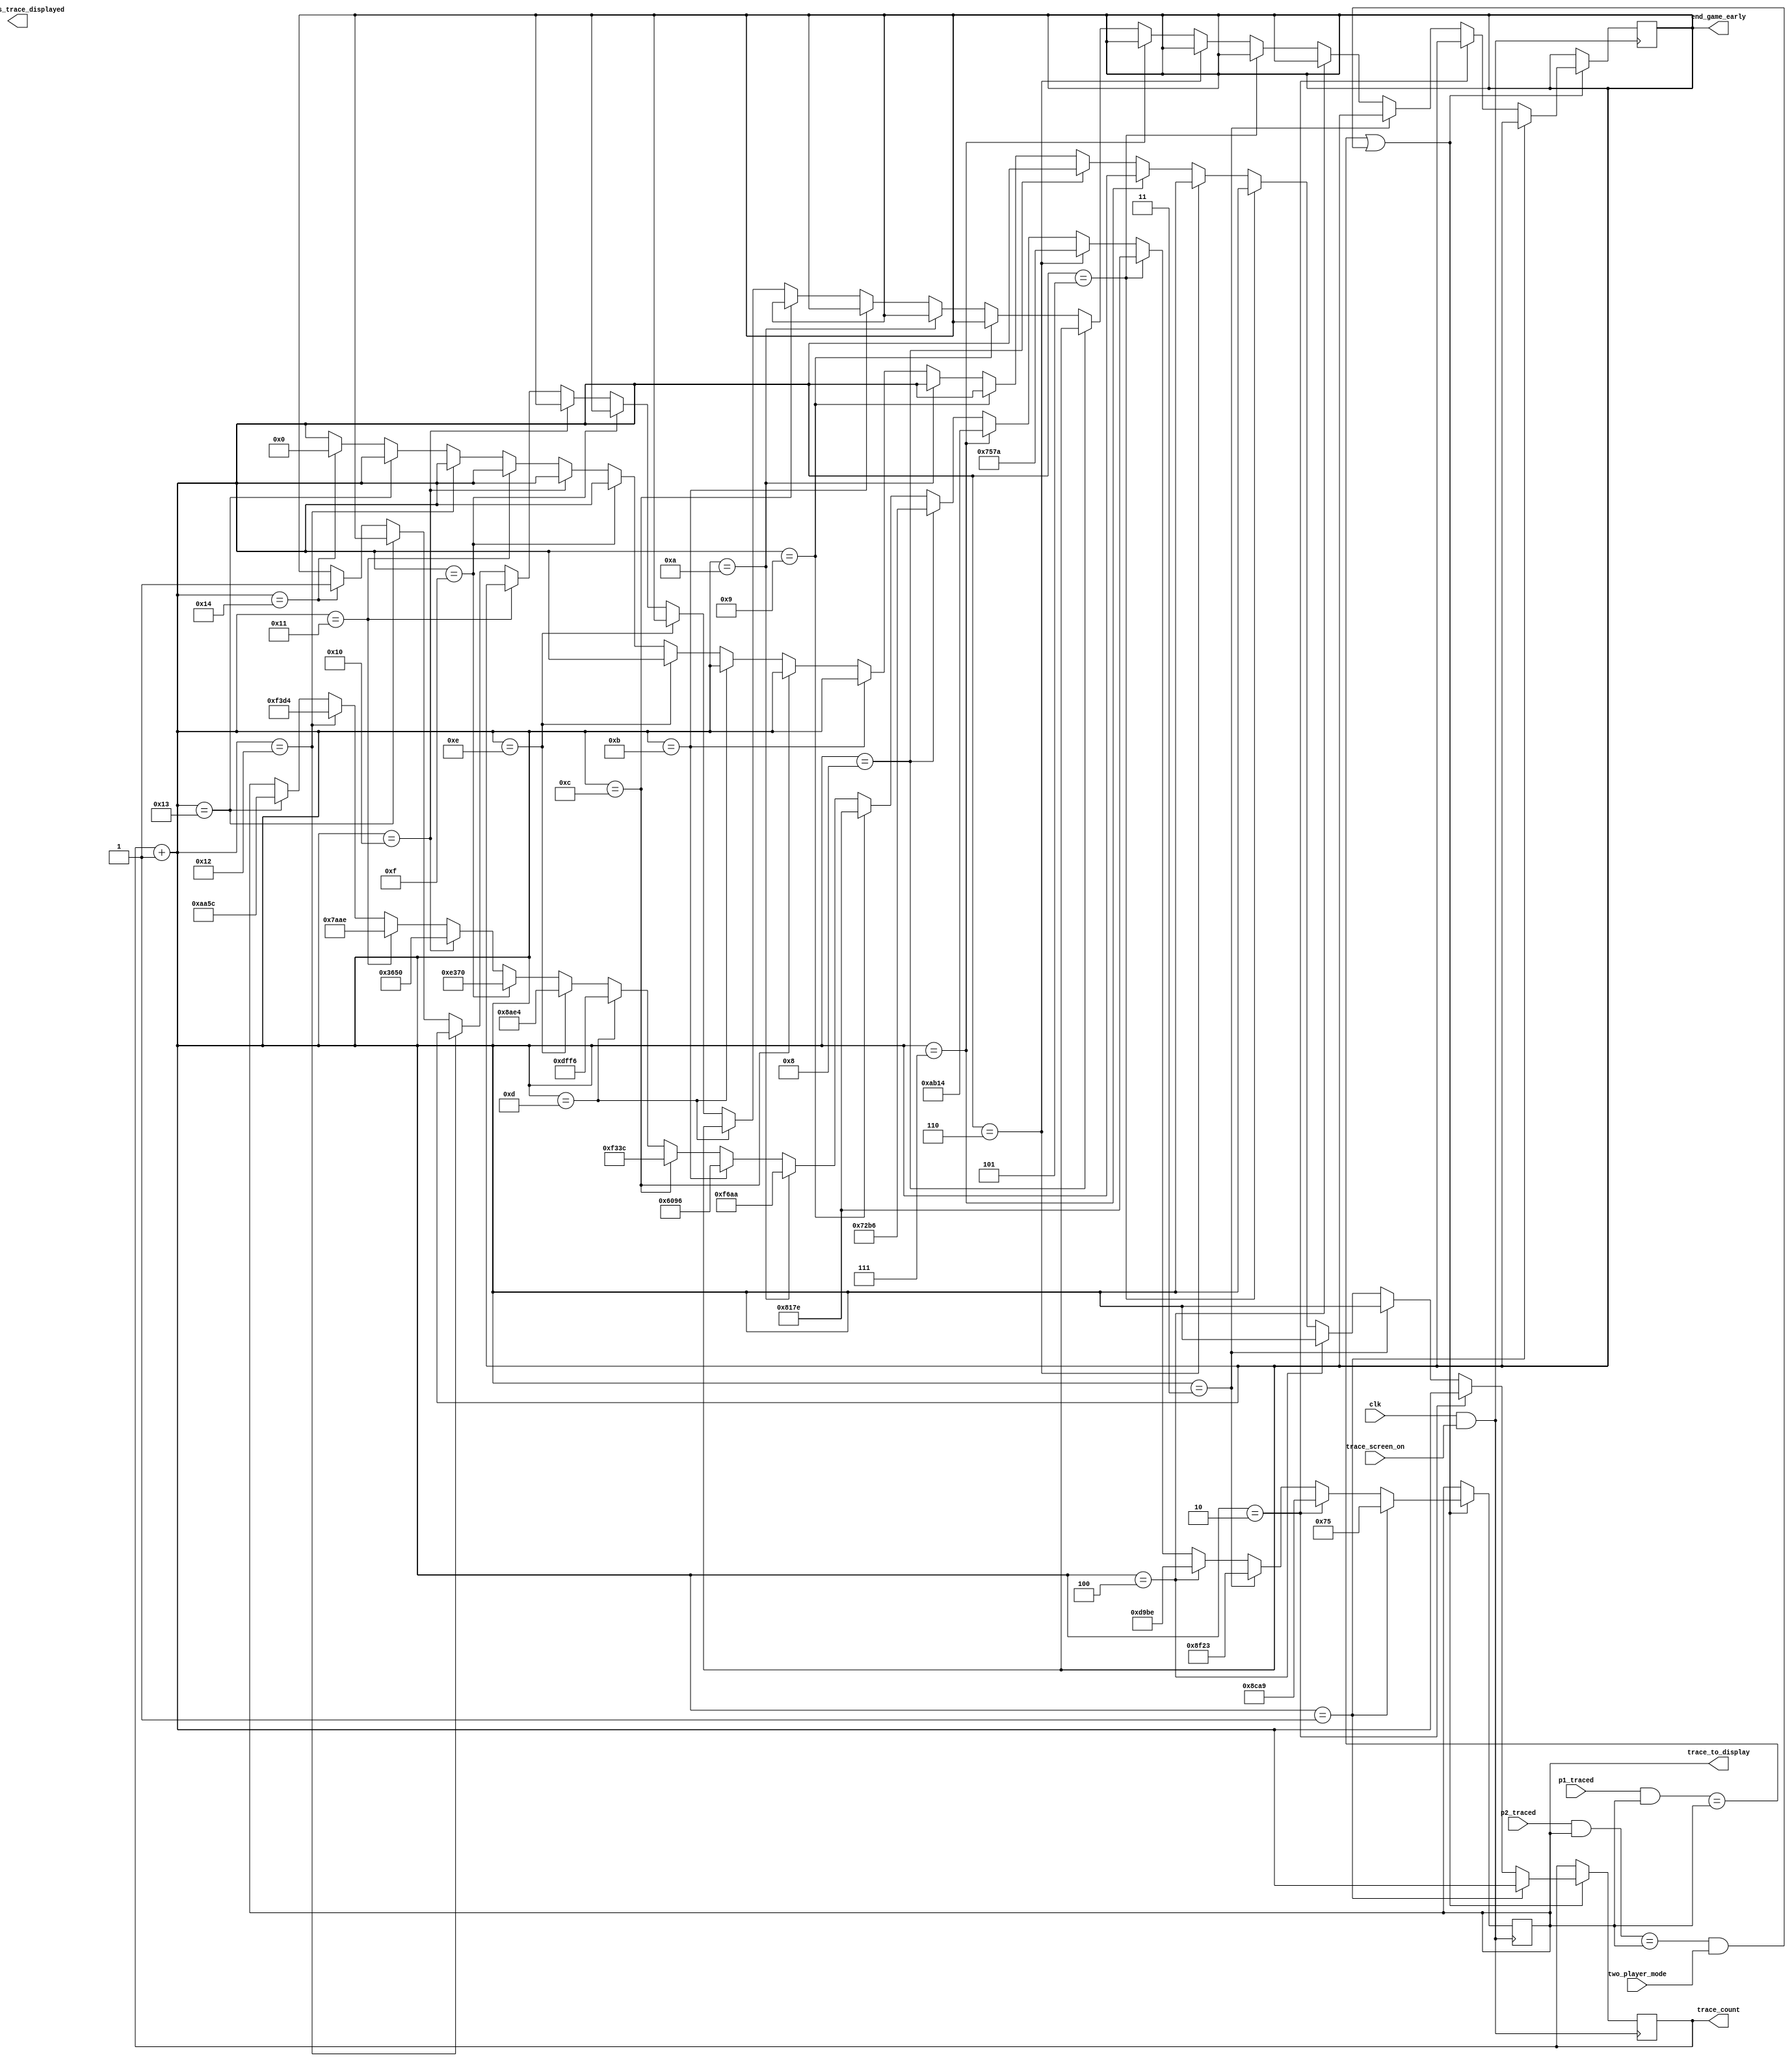
module trace_change(trace_to_display, clk, p1_traced, p2_traced, trace_screen_on, end_game_early, trace_count, previous_trace_displayed, two_player_mode);
	
	input trace_screen_on, clk, two_player_mode;
	input [15:0] p1_traced, p2_traced;
	
	output reg [5:0] trace_count;
	reg [15:0] trace0, trace1, trace2, trace3, trace4, trace5, trace6, trace7, trace8, trace9,
					trace10, trace11, trace12, trace13, trace14, trace15, trace16, trace17, trace18, trace19,
					trace20, trace21, trace22, trace23, trace24, trace25, trace26, trace27, trace28, trace29;
	
	output reg [15:0] trace_to_display, previous_trace_displayed;
	output reg end_game_early;
	
	initial begin
		trace_count <= 0;
		trace_to_display <= 16'h0231;
		end_game_early <= 0;
		trace1 <= 16'h0075;
		trace2 <= 16'h8ca9;	
		trace3 <= 16'h8f23;
		trace4 <= 16'hd9be;
		trace5 <= 16'b1000000101111110;
		trace6 <= 16'b0111010101111010;	
		trace7 <= 16'b1010101100010100;
		trace8 <= 16'b0111001010110110;
		trace9 <= 16'b1000000101111110;
		trace10 <= 16'b1111011010101010;	
		trace11 <= 16'b0110000010010110;
		trace12 <= 16'b1111001100111100;
		trace13 <= 16'b1101111111110110;
		trace14 <= 16'b1000101011100100;	
		trace15 <= 16'b1110001101110000;
		trace16 <= 16'b0011011001010000;
		trace17 <= 16'b0111101010101110;	
		trace18 <= 16'b1111001111010100;
		trace19 <= 16'b1010101001011100;
		trace20 <= 16'b1101111111110110;
		trace21 <= 16'b0101001011100010;	
		trace22 <= 16'b0010000111110110;
		trace23 <= 16'b1000010111110000;
		trace24 <= 16'b0001100100111010;	
		trace25 <= 16'b0000110111001110;
		trace26 <= 16'b0010100001011010;
		trace27 <= 16'b0110111001101010;	
		trace28 <= 16'b1101101000010110;
		trace29 <= 16'b0000111000101100;

	end
	
	always@(posedge clk & trace_screen_on)
	begin
		// if user trace and trace display are the same, change the trace displayed
		if((p1_traced & trace_to_display)==trace_to_display || (((p2_traced & trace_to_display)==trace_to_display) & two_player_mode))
		begin
			trace_count = trace_count + 1;
			if(trace_count == 1)
			begin
				//previous_trace_displayed <= trace_to_display;
				trace_to_display <= trace1;
			end
			else if (trace_count == 2)
			begin
				//previous_trace_displayed <= trace_to_display;
				trace_to_display <= trace2;
			end
			else if (trace_count == 3)
			begin
				//previous_trace_displayed <= trace_to_display;
				trace_to_display <= trace3;
			end
			else if (trace_count == 4)
			begin
				//previous_trace_displayed <= trace_to_display;
				trace_to_display <= trace4;
			end
			else if (trace_count == 5)
			begin
				//previous_trace_displayed <= trace_to_display;
				trace_to_display <= trace5;
			end
			else if (trace_count == 6)
			begin
				//previous_trace_displayed <= trace_to_display;
				trace_to_display <= trace6;
			end
			else if (trace_count == 7)
			begin
				//previous_trace_displayed <= trace_to_display;
				trace_to_display <= trace7;
			end
			else if (trace_count == 8)
			begin
				//previous_trace_displayed <= trace_to_display;
				trace_to_display <= trace8;
			end
			else if (trace_count == 9)
				begin
				//previous_trace_displayed <= trace_to_display;
				trace_to_display <= trace9;
			end
			else if (trace_count == 10)
				begin
				//previous_trace_displayed <= trace_to_display;
				trace_to_display <= trace10;
			end
			else if (trace_count == 11)
				begin
				//previous_trace_displayed <= trace_to_display;
				trace_to_display <= trace11;
			end
			else if (trace_count == 12)
			begin
				//previous_trace_displayed <= trace_to_display;
				trace_to_display <= trace12;
			end
			else if (trace_count == 13)
			begin
				//previous_trace_displayed <= trace_to_display;
				trace_to_display <= trace13;
			end
			else if (trace_count == 14)
			begin
				//previous_trace_displayed <= trace_to_display;
				trace_to_display <= trace14;
			end
			else if (trace_count == 15)
			begin
				//previous_trace_displayed <= trace_to_display;
				trace_to_display <= trace15;
			end
			else if (trace_count == 16)
			begin
				//previous_trace_displayed <= trace_to_display;
				trace_to_display <= trace16;
			end
			else if (trace_count == 17)
			begin
				//previous_trace_displayed <= trace_to_display;
				trace_to_display <= trace17;
			end
			else if (trace_count == 18)
			begin
				//previous_trace_displayed <= trace_to_display;
				trace_to_display <= trace18;
			end
			else if (trace_count == 19)
				begin
				//previous_trace_displayed <= trace_to_display;
				trace_to_display <= trace19;
			end
//			else if (trace_count == 20)
//				begin
//				//previous_trace_displayed <= trace_to_display;
//				trace_to_display <= trace20;
//			end
//			else if (trace_count == 21)
//				begin
//				//previous_trace_displayed <= trace_to_display;
//				trace_to_display <= trace21;
//			end
//			else if (trace_count == 22)
//			begin
//				//previous_trace_displayed <= trace_to_display;
//				trace_to_display <= trace22;
//			end
//			else if (trace_count == 23)
//			begin
//				//previous_trace_displayed <= trace_to_display;
//				trace_to_display <= trace23;
//			end
//			else if (trace_count == 24)
//			begin
//				//previous_trace_displayed <= trace_to_display;
//				trace_to_display <= trace24;
//			end
//			else if (trace_count == 25)
//			begin
//				//previous_trace_displayed <= trace_to_display;
//				trace_to_display <= trace25;
//			end
//			else if (trace_count == 26)
//			begin
//				//previous_trace_displayed <= trace_to_display;
//				trace_to_display <= trace26;
//			end
//			else if (trace_count == 27)
//			begin
//				//previous_trace_displayed <= trace_to_display;
//				trace_to_display <= trace27;
//			end
//			else if (trace_count == 28)
//			begin
//				//previous_trace_displayed <= trace_to_display;
//				trace_to_display <= trace28;
//			end
//			else if (trace_count == 29)
//				begin
//				//previous_trace_displayed <= trace_to_display;
//				trace_to_display <= trace29;
//			end
			else if(trace_count == 20)
			begin
				trace_count <= 0;
				end_game_early <= 1;
			end
		end
		
	end

endmodule